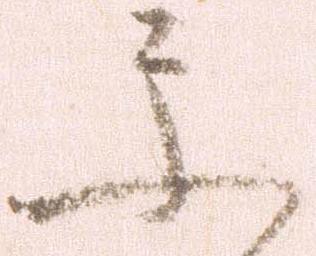
更